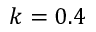
k = 0 . 4